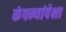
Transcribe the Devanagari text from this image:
कंपन्यांपेक्षा